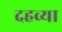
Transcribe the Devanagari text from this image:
दहव्या